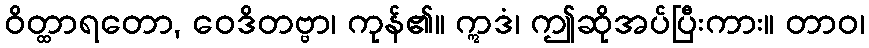
ဝိတ္ထာရတော, ဝေဒိတဗ္ဗာ၊ ကုန်၏။ ဣဒံ၊ ဤဆိုအပ်ပြီးကား။ တာဝ၊